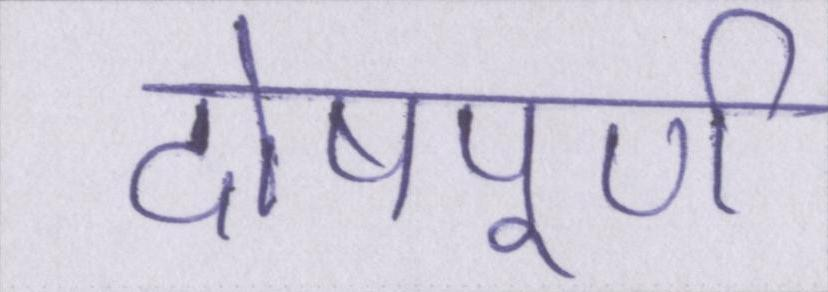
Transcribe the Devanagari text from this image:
दोषपूर्ण